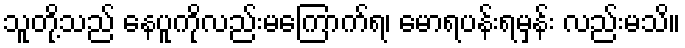
သူတို့သည် နေပူကိုလည်းမကြောက်ရ၊ မောရပန်းရမှန်း လည်းမသိ။